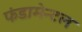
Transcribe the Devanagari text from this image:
फंडामेन्टल